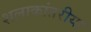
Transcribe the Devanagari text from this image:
शलाकांतरीया